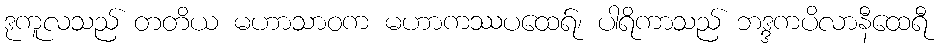
ဒုကူလသည် တတိယ မဟာသာဝက မဟာကဿပထေရ်၊ ပါရိကာသည် ဘဒ္ဒကပိလာနီထေရီ